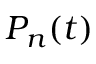
P _ { n } ( t )